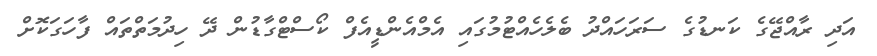
އަދި ރާއްޖޭގެ ކަނޑުގެ ސަރަހައްދު ބެލެހެއްޓުމުގައި އެމްއެންޑީއެފް ކޯސްޓްގާޑުން ދޭ ހިދުމަތްތައް ފާހަގަކޮށް